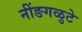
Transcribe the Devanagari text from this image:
नींङगळुटे